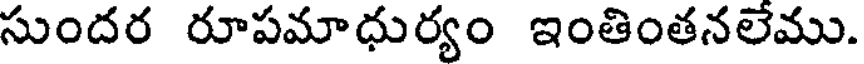
సుందర రూపమాధుర్యం ఇంతింతనలేము.